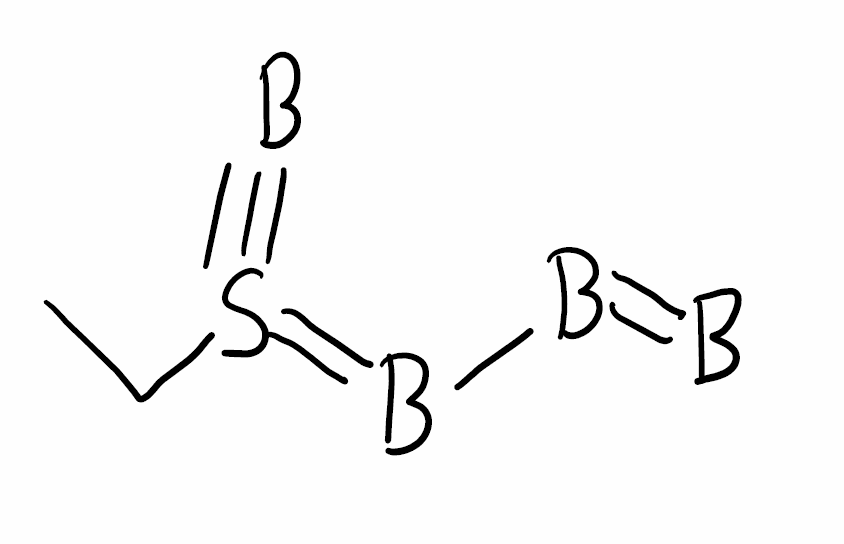
Simplified molecular-input line-entry system (SMILES) notation of the given molecule:
[B]=BB=S(#B)CC